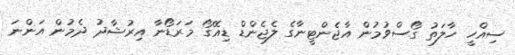
ސިއްހީ ހާލަތު ގޯސްވުމުން އާޖެންޓީނާގެ ލެޖެންޑް ޑިއޭގޯ މަރަޑޯނާ އިރުޝާދު ދެމުން އަންނަ